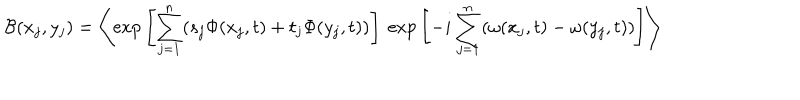
{ \cal { B } } ( x _ { j } , y _ { j } ) = \left< \mathrm { e x p } \left[ \sum _ { j = 1 } ^ { n } ( s _ { j } \Phi ( x _ { j } , t ) + t _ { j } \Phi ( y _ { j } , t ) ) \right] ~ \mathrm { e x p } \left[ - i \sum _ { j = 1 } ^ { n } ( \omega ( x _ { j } , t ) - \omega ( y _ { j } , t ) ) \right] \right>